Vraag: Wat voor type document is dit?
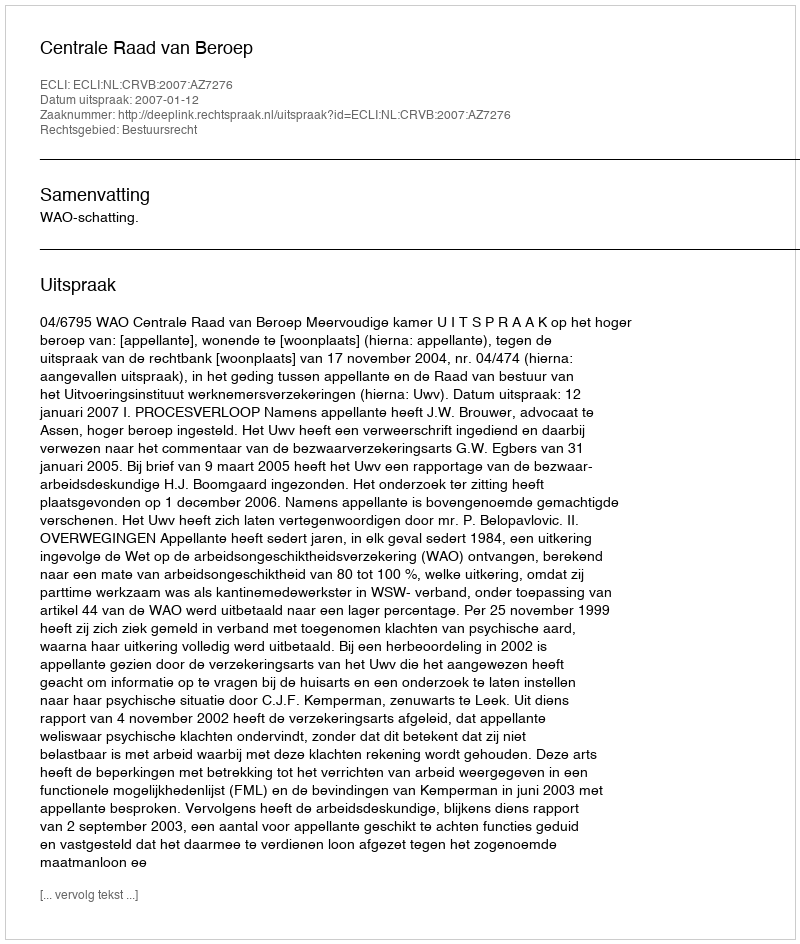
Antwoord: Uitspraak